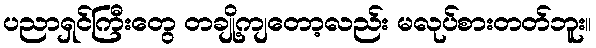
ပညာရှင်ကြီးတွေ တချို့ကျတော့လည်း မလုပ်စားတတ်ဘူး။